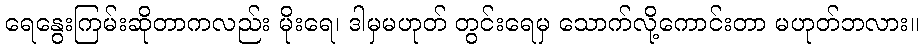
ရေနွေးကြမ်းဆိုတာကလည်း မိုးရေ၊ ဒါမှမဟုတ် တွင်းရေမှ သောက်လို့ကောင်းတာ မဟုတ်ဘလား။